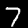
Label: 7